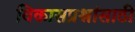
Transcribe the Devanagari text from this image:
विकासप्रश्नांसाठी